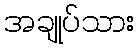
အချုပ်သား